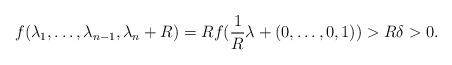
LaTeX: \begin{align*}f(\lambda_1, \ldots, \lambda_{n-1},\lambda_n + R) = R f(\frac{1}{R}\lambda + (0,\ldots, 0, 1)) > R\delta > 0.\end{align*}